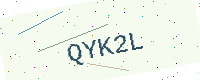
Text: QYK2L